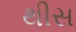
થીસ